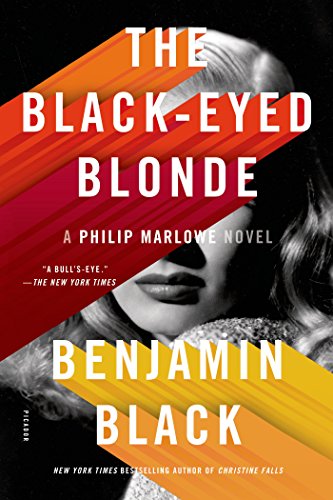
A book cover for The Black-Eyed Blonde: A Philip Marlowe Novel (Philip Marlowe Series); Benjamin Black; Mystery, Thriller & Suspense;